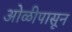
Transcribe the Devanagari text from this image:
ओळीपासून